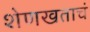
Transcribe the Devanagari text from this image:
शेणखताचं